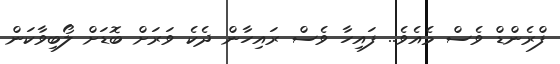
ފްރެންޑް ވެސް މެއެވެ.. ފައިހާ ވެސް ރައިހާން ދެކެ ވަރަށް ބޮޑަށް ލޯބިވާކަން